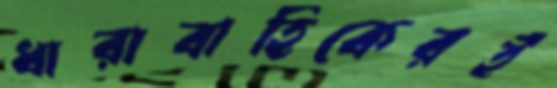
ধারাবাহিকেরই